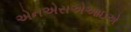
એનએસએઆઇએ